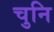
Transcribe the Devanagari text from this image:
चुनि